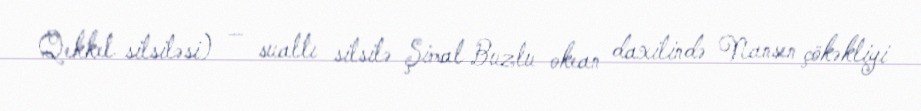
Qekkel silsiləsi) — sualtı silsilə Şimal Buzlu okean daxilində Nansen çökəkliyi